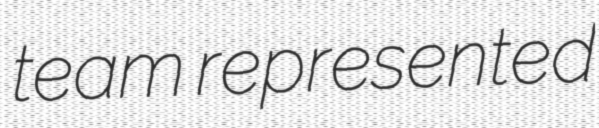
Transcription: team represented